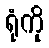
ရုံကို